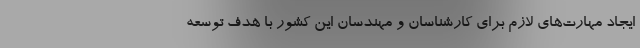
ایجاد مهارت‌های لازم برای کارشناسان و مهندسان این کشور با هدف توسعه